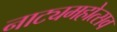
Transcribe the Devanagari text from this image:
नाट्यमहोत्सव